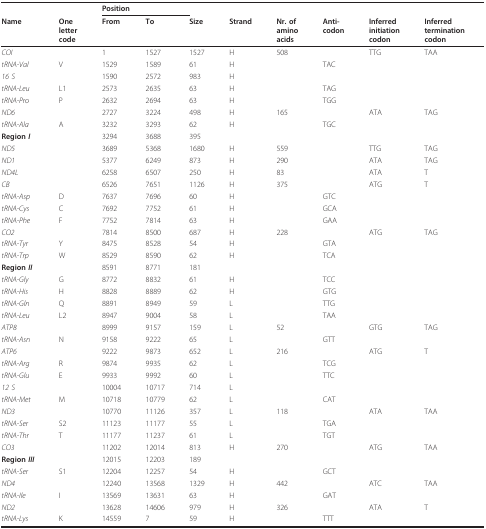
<table><thead><tr><td></td><td></td><td colspan="2"><b>Position</b></td><td></td><td></td><td></td><td></td><td></td><td></td></tr><tr><td><b>Name</b></td><td><b>Onelettercode</b></td><td><b>From</b></td><td><b>To</b></td><td><b>Size</b></td><td><b>Strand</b></td><td><b>Nr. ofaminoacids</b></td><td><b>Anti-codon</b></td><td><b>Inferredinitiationcodon</b></td><td><b>Inferredterminationcodon</b></td></tr></thead><tbody><tr><td><i>COI</i></td><td></td><td>1</td><td>1527</td><td>1527</td><td>H</td><td>508</td><td></td><td>TTG</td><td>TAA</td></tr><tr><td><i>tRNA-Val</i></td><td>V</td><td>1529</td><td>1589</td><td>61</td><td>H</td><td></td><td>TAC</td><td></td><td></td></tr><tr><td><i>16 S</i></td><td></td><td>1590</td><td>2572</td><td>983</td><td>H</td><td></td><td></td><td></td><td></td></tr><tr><td><i>tRNA-Leu</i></td><td>L1</td><td>2573</td><td>2635</td><td>63</td><td>H</td><td></td><td>TAG</td><td></td><td></td></tr><tr><td><i>tRNA-Pro</i></td><td>P</td><td>2632</td><td>2694</td><td>63</td><td>H</td><td></td><td>TGG</td><td></td><td></td></tr><tr><td><i>ND6</i></td><td></td><td>2727</td><td>3224</td><td>498</td><td>H</td><td>165</td><td></td><td>ATA</td><td>TAG</td></tr><tr><td><i>tRNA-Ala</i></td><td>A</td><td>3232</td><td>3293</td><td>62</td><td>H</td><td></td><td>TGC</td><td></td><td></td></tr><tr><td><b>Region <i>I</i></b></td><td></td><td>3294</td><td>3688</td><td>395</td><td></td><td></td><td></td><td></td><td></td></tr><tr><td><i>ND5</i></td><td></td><td>3689</td><td>5368</td><td>1680</td><td>H</td><td>559</td><td></td><td>TTG</td><td>TAG</td></tr><tr><td><i>ND1</i></td><td></td><td>5377</td><td>6249</td><td>873</td><td>H</td><td>290</td><td></td><td>ATA</td><td>TAG</td></tr><tr><td><i>ND4L</i></td><td></td><td>6258</td><td>6507</td><td>250</td><td>H</td><td>83</td><td></td><td>ATA</td><td>T</td></tr><tr><td><i>CB</i></td><td></td><td>6526</td><td>7651</td><td>1126</td><td>H</td><td>375</td><td></td><td>ATG</td><td>T</td></tr><tr><td><i>tRNA-Asp</i></td><td>D</td><td>7637</td><td>7696</td><td>60</td><td>H</td><td></td><td>GTC</td><td></td><td></td></tr><tr><td><i>tRNA-Cys</i></td><td>C</td><td>7692</td><td>7752</td><td>61</td><td>H</td><td></td><td>GCA</td><td></td><td></td></tr><tr><td><i>tRNA-Phe</i></td><td>F</td><td>7752</td><td>7814</td><td>63</td><td>H</td><td></td><td>GAA</td><td></td><td></td></tr><tr><td><i>CO2</i></td><td></td><td>7814</td><td>8500</td><td>687</td><td>H</td><td>228</td><td></td><td>ATG</td><td>TAG</td></tr><tr><td><i>tRNA-Tyr</i></td><td>Y</td><td>8475</td><td>8528</td><td>54</td><td>H</td><td></td><td>GTA</td><td></td><td></td></tr><tr><td><i>tRNA-Trp</i></td><td>W</td><td>8529</td><td>8590</td><td>62</td><td>H</td><td></td><td>TCA</td><td></td><td></td></tr><tr><td><b>Region <i>II</i></b></td><td></td><td>8591</td><td>8771</td><td>181</td><td></td><td></td><td></td><td></td><td></td></tr><tr><td><i>tRNA-Gly</i></td><td>G</td><td>8772</td><td>8832</td><td>61</td><td>H</td><td></td><td>TCC</td><td></td><td></td></tr><tr><td><i>tRNA-His</i></td><td>H</td><td>8828</td><td>8889</td><td>62</td><td>H</td><td></td><td>GTG</td><td></td><td></td></tr><tr><td><i>tRNA-Gln</i></td><td>Q</td><td>8891</td><td>8949</td><td>59</td><td>L</td><td></td><td>TTG</td><td></td><td></td></tr><tr><td><i>tRNA-Leu</i></td><td>L2</td><td>8947</td><td>9004</td><td>58</td><td>L</td><td></td><td>TAA</td><td></td><td></td></tr><tr><td><i>ATP8</i></td><td></td><td>8999</td><td>9157</td><td>159</td><td>L</td><td>52</td><td></td><td>GTG</td><td>TAG</td></tr><tr><td><i>tRNA-Asn</i></td><td>N</td><td>9158</td><td>9222</td><td>65</td><td>L</td><td></td><td>GTT</td><td></td><td></td></tr><tr><td><i>ATP6</i></td><td></td><td>9222</td><td>9873</td><td>652</td><td>L</td><td>216</td><td></td><td>ATG</td><td>T</td></tr><tr><td><i>tRNA-Arg</i></td><td>R</td><td>9874</td><td>9935</td><td>62</td><td>L</td><td></td><td>TCG</td><td></td><td></td></tr><tr><td><i>tRNA-Glu</i></td><td>E</td><td>9933</td><td>9992</td><td>60</td><td>L</td><td></td><td>TTC</td><td></td><td></td></tr><tr><td><i>12 S</i></td><td></td><td>10004</td><td>10717</td><td>714</td><td>L</td><td></td><td></td><td></td><td></td></tr><tr><td><i>tRNA-Met</i></td><td>M</td><td>10718</td><td>10779</td><td>62</td><td>L</td><td></td><td>CAT</td><td></td><td></td></tr><tr><td><i>ND3</i></td><td></td><td>10770</td><td>11126</td><td>357</td><td>L</td><td>118</td><td></td><td>ATA</td><td>TAA</td></tr><tr><td><i>tRNA-Ser</i></td><td>S2</td><td>11123</td><td>11177</td><td>55</td><td>L</td><td></td><td>TGA</td><td></td><td></td></tr><tr><td><i>tRNA-Thr</i></td><td>T</td><td>11177</td><td>11237</td><td>61</td><td>L</td><td></td><td>TGT</td><td></td><td></td></tr><tr><td><i>CO3</i></td><td></td><td>11202</td><td>12014</td><td>813</td><td>H</td><td>270</td><td></td><td>ATG</td><td>TAA</td></tr><tr><td><b>Region <i>III</i></b></td><td></td><td>12015</td><td>12203</td><td>189</td><td></td><td></td><td></td><td></td><td></td></tr><tr><td><i>tRNA-Ser</i></td><td>S1</td><td>12204</td><td>12257</td><td>54</td><td>H</td><td></td><td>GCT</td><td></td><td></td></tr><tr><td><i>ND4</i></td><td></td><td>12240</td><td>13568</td><td>1329</td><td>H</td><td>442</td><td></td><td>ATC</td><td>TAA</td></tr><tr><td><i>tRNA-Ile</i></td><td>I</td><td>13569</td><td>13631</td><td>63</td><td>H</td><td></td><td>GAT</td><td></td><td></td></tr><tr><td><i>ND2</i></td><td></td><td>13628</td><td>14606</td><td>979</td><td>H</td><td>326</td><td></td><td>ATA</td><td>T</td></tr><tr><td><i>tRNA-Lys</i></td><td>K</td><td>14559</td><td>7</td><td>59</td><td>H</td><td></td><td>TTT</td><td></td><td></td></tr></tbody></table>